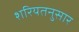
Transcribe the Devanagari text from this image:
शरियतनुसार